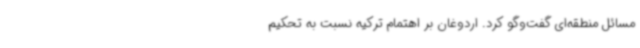
مسائل منطقه‌ای گفت‌وگو کرد. اردوغان بر اهتمام ترکیه نسبت به تحکیم